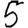
Digit: 5